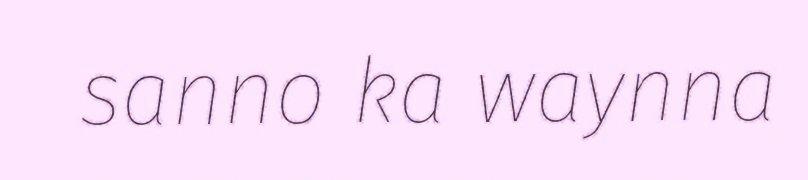
sanno ka waynna